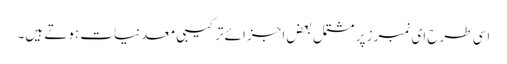
اسی طرح ای نمبرز پر مشتمل بعض اجزائے ترکیبی معدنیات ہوتے ہیں۔